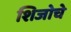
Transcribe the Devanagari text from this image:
शिजोचे